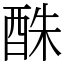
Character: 䣷